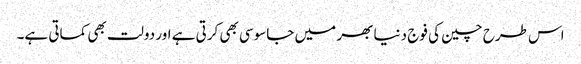
اس طرح چین کی فوج دنیا بھر میں جاسوسی بھی کرتی ہے اور دولت بھی کماتی ہے۔